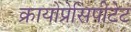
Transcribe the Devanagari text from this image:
क्रायोप्रेसिपीटेट